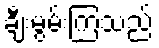
ချီးမွမ်းကြသည်